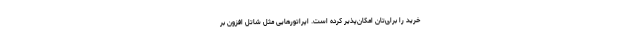
خرید را برای‌تان امکان‌پذیر کرده است. اپراتورهایی مثل شاتل افزون بر